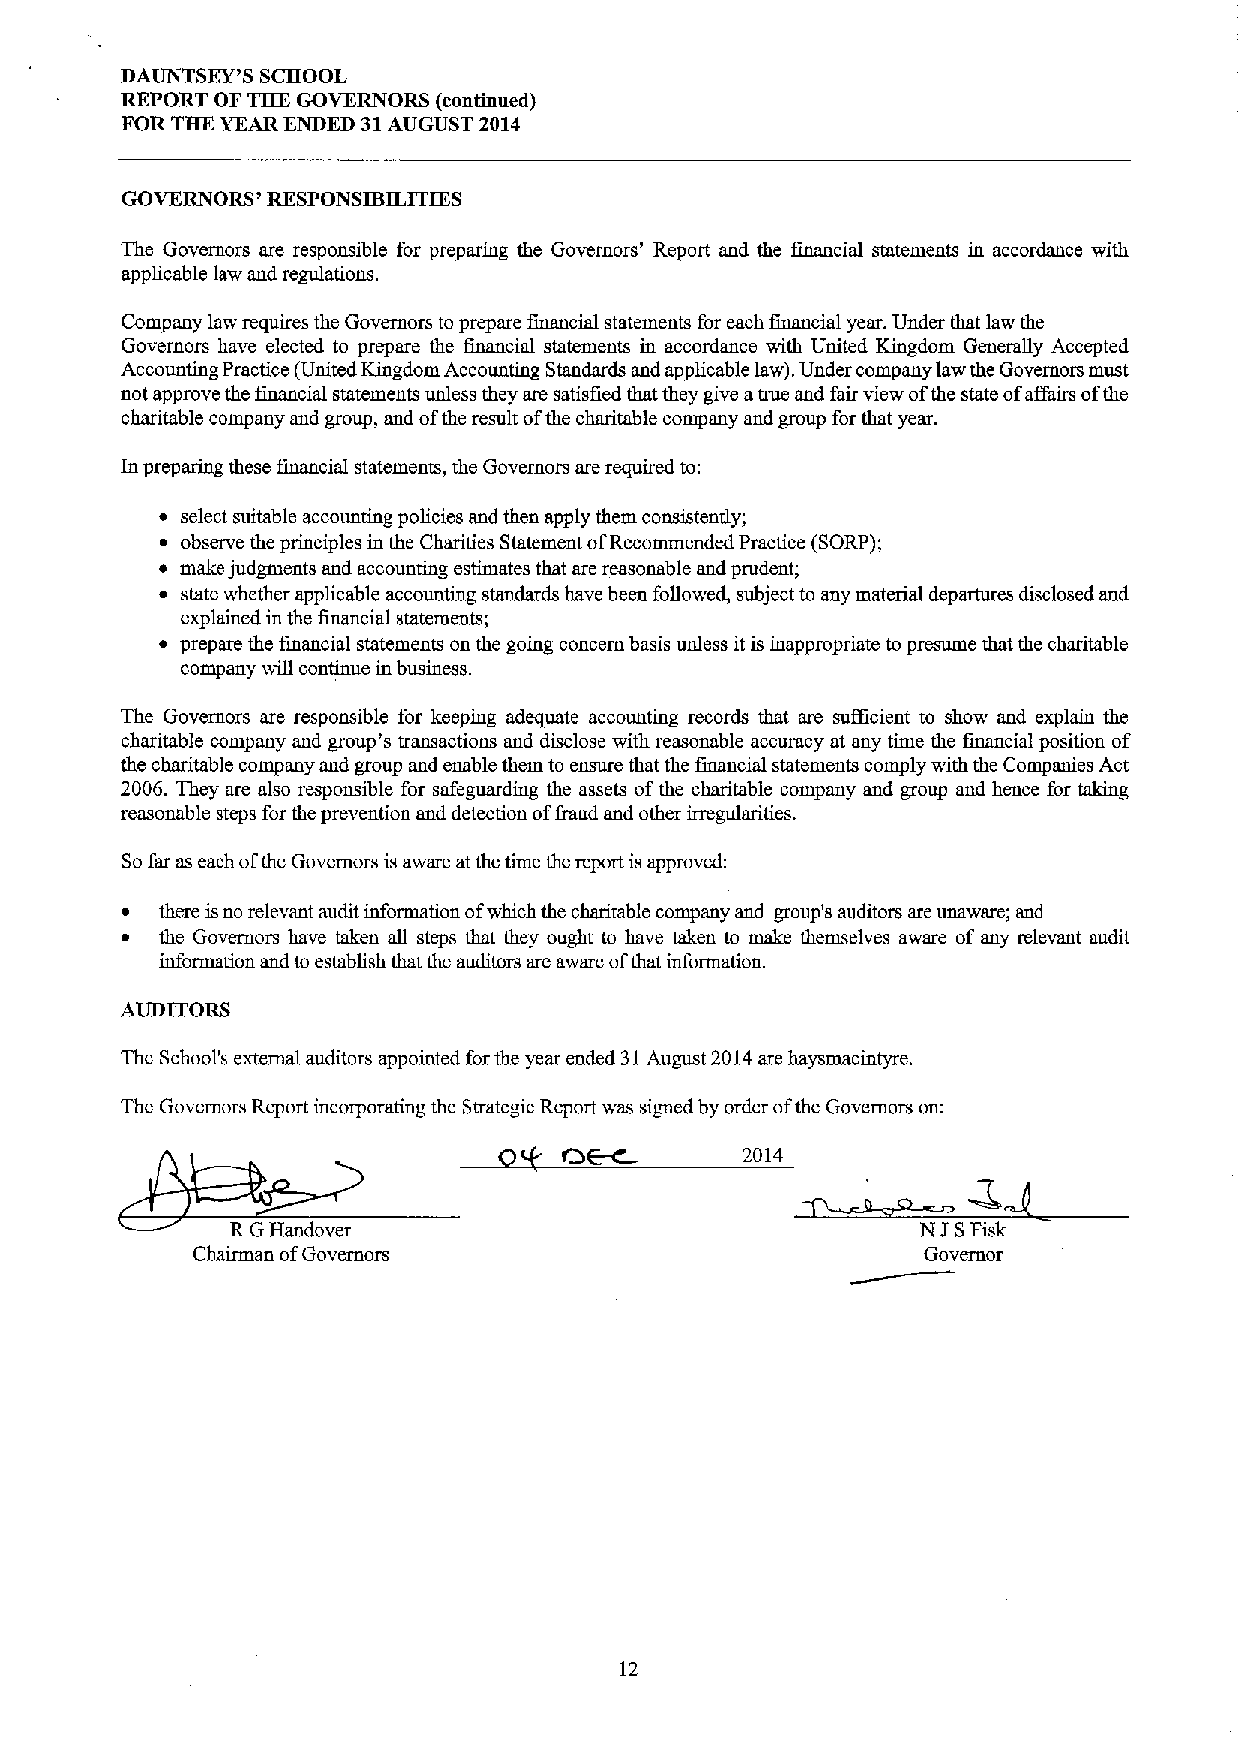
DAUNTSEY'S SCHOOL
 REPORT OF THE GOVERNORS (continued)
 FOR THE YEAR ENDED 31AUGUST 2014
 GOVERNORS' RESPONSIBILITIES
 The Governors are responsible for preparing the Governors' Report and the financial statements in accordance with
 applicable law and regulations.
 Company law requires the Governors to prepare financial statements for each financial year. Under that law the
 Governors have elected to prepare the financial statements in accordance with United Kingdom Generally Accepted
 Accounting Practice (United Kingdom Accounting Standards and applicable law). Under company law the Governors must
 not approve the financial statements unless they are satisfied that they give anue and fair view ofthe state ofaffairs ofthe
 charitable company and group, and ofthe result ofthe charitable company and group forthat year.
 In preparing these financial statements, the Governors are required to:
 ~ select suitable accounting policies and then apply them consistently;
 ~ observe the principles in the Charities Statement ofRecommended Practice (SORP);
 ~ make judgments and accounting estimates that are reasonable and prudent;
 ~ state whether applicable accountiug standards have been followed, subject to any material departures disclosed and
 explained in the financial statements;
 ~ prepare the financial statements on the going concern basis unless it is inappropriate to presume that the charitable
 company will continue in business.
 The Governors are responsible for keeping adequate accounting records that are sufficient to show and explain the
 charitable company and group's transactions and disclose with reasonable accuracy at any time the financial position of
 the charitable company and group and enable them to ensure that the financial statements comply with the Companies Act
 2006. They are also responsible for safeguarding the assets ofthe charitable company and group and hence for taking
 reasonable steps for the prevention and detection offraud and other irregularities.
 Sofar as each ofthe Governors is aware at the time the report is approved:
 ~  there isno relevant audit information ofwhich the charitable company and group's auditors are unaware; and
 ~  the Governors have taken all steps that they ought to have taken to make themselves aware of any relevant audit
 information and to establish that the auditors are aware ofthat information.
 AUDITORS
 The School's external auditors appointed forthe year ended 31August 2014are haysmacintyre.
 The Governors Report incorporating the Strategic Report was signed by order ofthe Governors on:
 2014
 RGHandover                                    N I SFisk
 Chairman ofGovernors                            Governor
 12